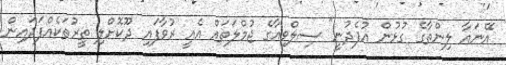
އޭނައާ ލިންތާގެ ގުޅުން އުފެދުނީ" ސިލްވިއާގެ ޖުމްލަތައް އެއީ ރުވާފައި ދޫކޮށްލި ތީރުތަކެއްފަދައިން